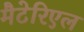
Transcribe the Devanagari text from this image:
मैटेरिएल